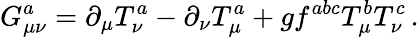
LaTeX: G_{\mu\nu}^{a}=\partial_{\mu}T_{\nu}^{a}-\partial_{\nu}T_{\mu}^{a}+gf^{abc}T_{\mu}^{b}T_{\nu}^{c}\, .